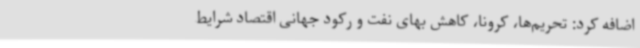
اضافه کرد: تحریم‌ها، کرونا، کاهش بهای نفت و رکود جهانی اقتصاد شرایط